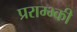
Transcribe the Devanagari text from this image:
प्रराम्भ्की